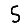
Digit: 5